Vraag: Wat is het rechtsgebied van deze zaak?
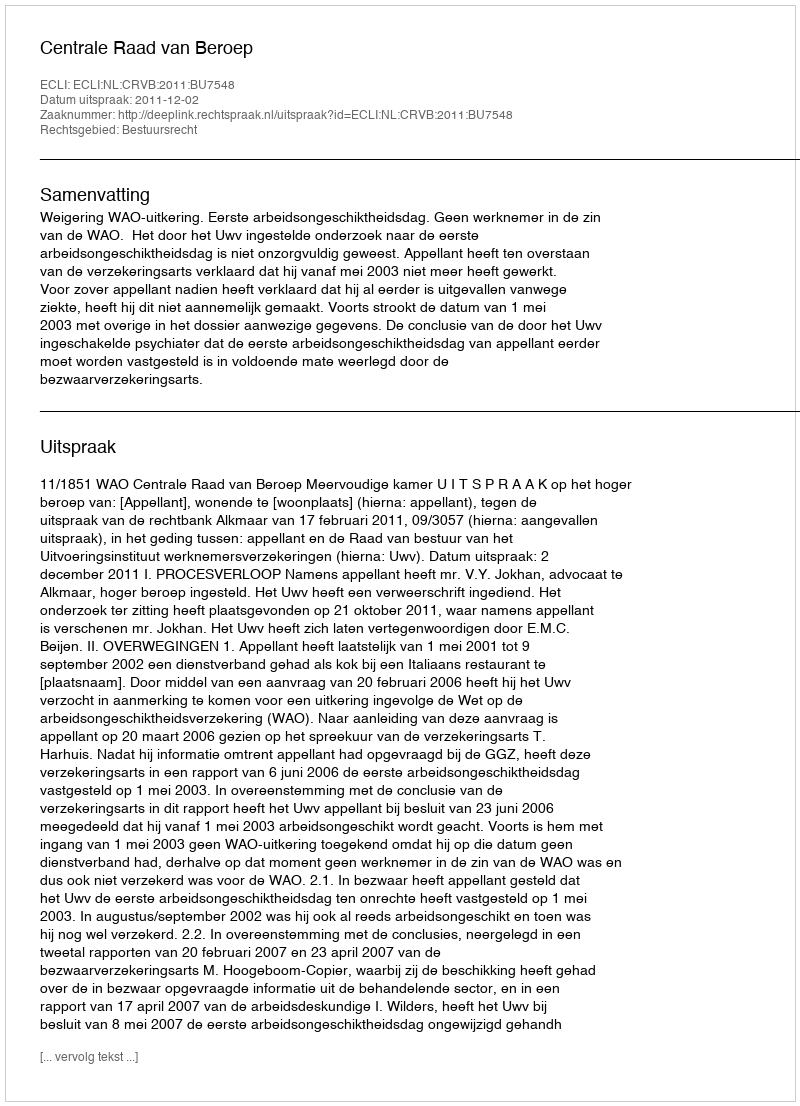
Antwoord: Bestuursrecht